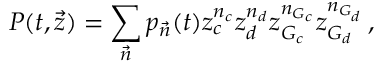
P ( t , \vec { z } ) = \sum _ { \vec { n } } p _ { \vec { n } } ( t ) z _ { c } ^ { n _ { c } } z _ { d } ^ { n _ { d } } z _ { G _ { c } } ^ { n _ { G _ { c } } } z _ { G _ { d } } ^ { n _ { G _ { d } } } \, ,